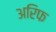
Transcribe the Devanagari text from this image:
अरिफ